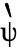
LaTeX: \grave{\uppsi}